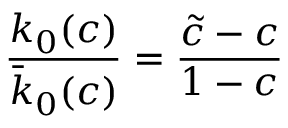
\frac { k _ { 0 } ( c ) } { \bar { k } _ { 0 } ( c ) } = \frac { \tilde { c } - c } { 1 - c }